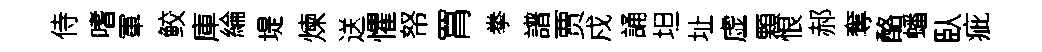
侍嗜軍鲛庫綸堤煉送懼帑罥拳譜贾戍誦坦址虚顆恨郝奪酪蟠臥疵